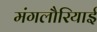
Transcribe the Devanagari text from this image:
मंगलौरियाई